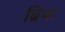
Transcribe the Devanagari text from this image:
ब्रिफ